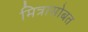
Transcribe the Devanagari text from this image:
मित्रासोबत